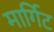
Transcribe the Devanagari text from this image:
मार्गिट